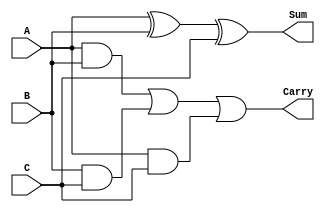
module CarrySaveAdder(
    input [7:0] A,
    input [7:0] B,
    input [7:0] C,
    output [7:0] Sum,
    output [7:0] Carry
);
    // Carry Save Adder logic
    assign Sum = A ^ B ^ C;
    assign Carry = (A & B) | (B & C) | (A & C);
endmodule